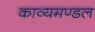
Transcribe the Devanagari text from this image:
काव्यमण्डल